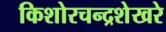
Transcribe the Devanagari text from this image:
किशोरचन्द्रशेखरे